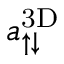
a _ { \uparrow \downarrow } ^ { \mathrm { 3 D } }